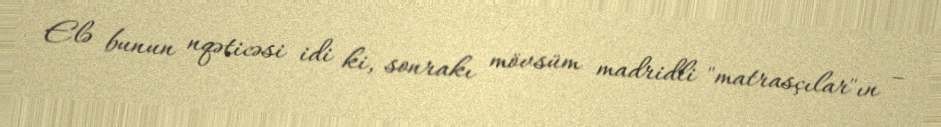
Elə bunun nqəticəsi idi ki, sonrakı mövsüm madridli "matrasçılar"ın –